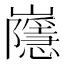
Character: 𡾯